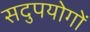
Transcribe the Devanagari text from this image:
सदुपयोगों